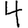
Digit: 4